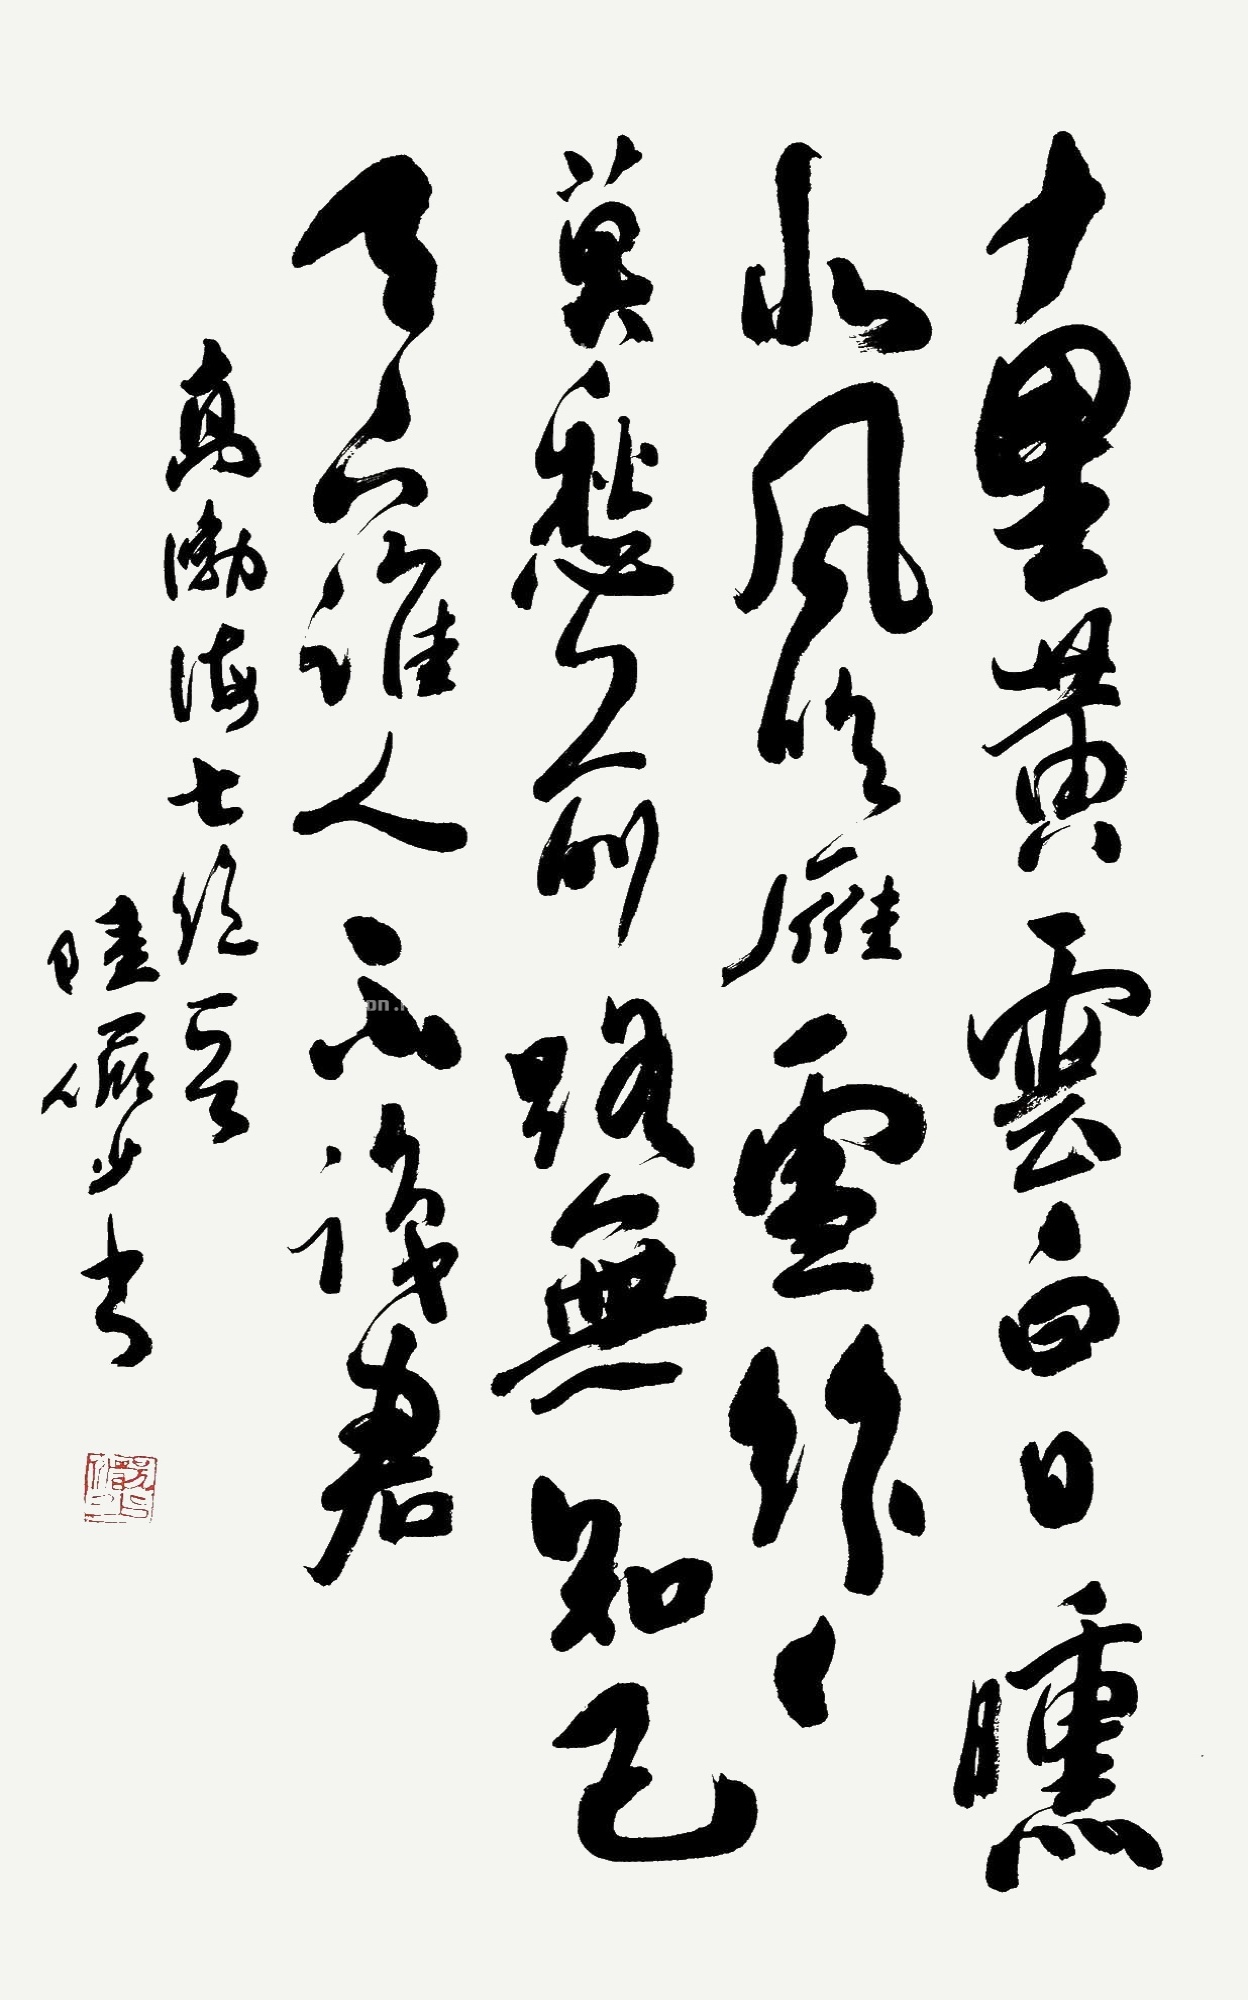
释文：高适《别董大》，十里黄云白日曛，北风吹雁雪纷纷。莫愁前路无知己，天下谁人不识君……